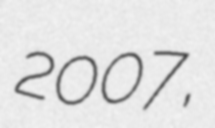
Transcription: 2007,